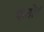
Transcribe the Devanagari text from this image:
पलोट